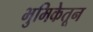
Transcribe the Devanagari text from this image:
भुमिकेतून